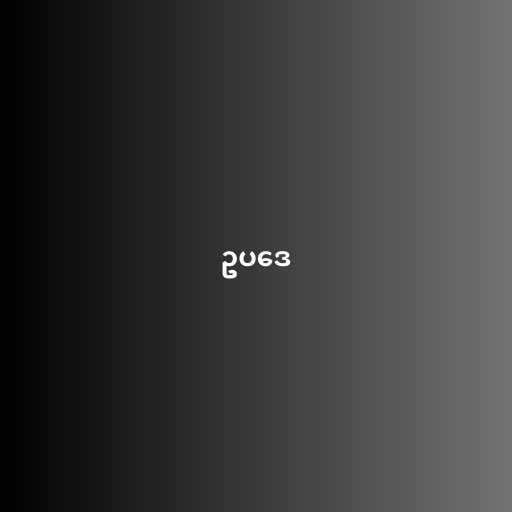
ဥပဒေ